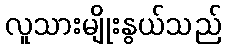
လူသားမျိုးနွယ်သည်